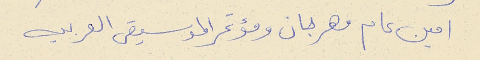
امين عام مهرجان ومؤتمر الموسيقى العربيه